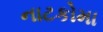
નાટકોમા